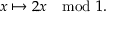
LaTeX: x \mapsto 2 x \mod 1 .